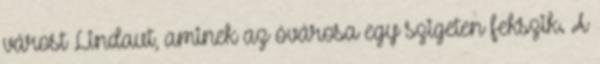
várost Lindaut, aminek az óvárosa egy szigeten fekszik. A